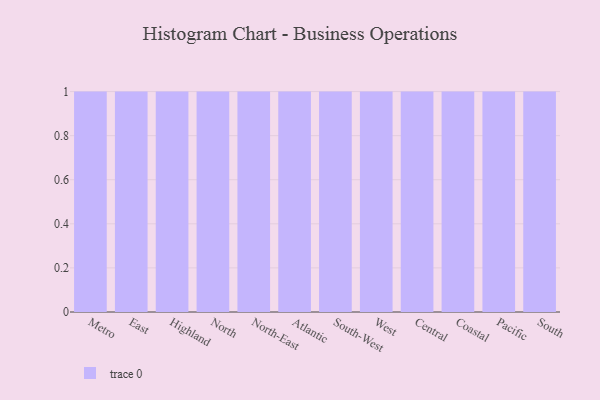
{"axis": {"x": "Region", "y": "Market Share (%)"}, "legend": [""], "data": [{"x": "Metro", "y": 48, "type": ""}, {"x": "East", "y": 5, "type": ""}, {"x": "Highland", "y": 83, "type": ""}, {"x": "North", "y": 25, "type": ""}, {"x": "North-East", "y": 74, "type": ""}, {"x": "Atlantic", "y": 82, "type": ""}, {"x": "South-West", "y": 97, "type": ""}, {"x": "West", "y": 74, "type": ""}, {"x": "Central", "y": 35, "type": ""}, {"x": "Coastal", "y": 97, "type": ""}, {"x": "Pacific", "y": 100, "type": ""}, {"x": "South", "y": 87, "type": ""}]}